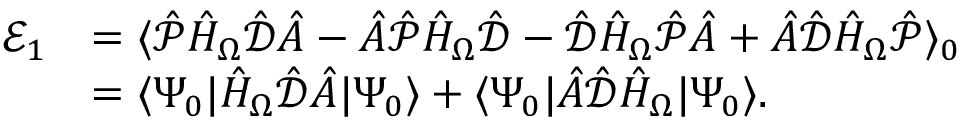
\begin{array} { r l } { \mathcal { E } _ { 1 } } & { = \langle \hat { \mathcal { P } } \hat { H } _ { \Omega } \hat { \mathcal { { D } } } \hat { A } - \hat { A } \hat { \mathcal { P } } \hat { H } _ { \Omega } \hat { \mathcal { { D } } } - \hat { \mathcal { D } } \hat { H } _ { \Omega } \hat { \mathcal { P } } \hat { A } + \hat { A } \hat { \mathcal { D } } \hat { H } _ { \Omega } \hat { \mathcal { P } } \rangle _ { 0 } } \\ & { = \langle \Psi _ { 0 } | \hat { H } _ { \Omega } \hat { \mathcal { { D } } } \hat { A } | \Psi _ { 0 } \rangle + \langle \Psi _ { 0 } | \hat { A } \hat { \mathcal { D } } \hat { H } _ { \Omega } | \Psi _ { 0 } \rangle . } \end{array}